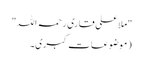
"ملا علی قاری رحمہ اللہ"
(موضوعات کبری۔